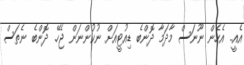
އެއީ.. އެހެން ނޫނަސް މާދަމާ ދޮންބެ ޑިއުޓީއަށް ނުކުންނަން ޖެހޭ. ދޮންބެ ނެތަސް